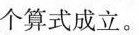
个算式成立。